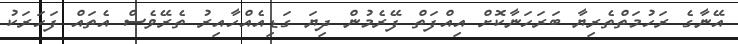
އޭނާގެ ރަހުމަތްތެރިޔާ ބަރަހަނާކޮށް އިއްފަތް ފޭރެމުން ދިޔަ ގަޑިއެއްހާއިރު ތެރޭވެސް އެތައް ފަހަރަކު